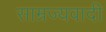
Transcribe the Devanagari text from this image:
साम्रज्यवादी